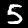
Label: 5